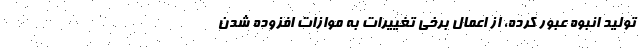
تولید انبوه عبور کرده، از اعمال برخی تغییرات به موازات افزوده شدن